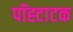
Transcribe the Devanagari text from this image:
पॉह्टाटक